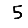
Digit: 5